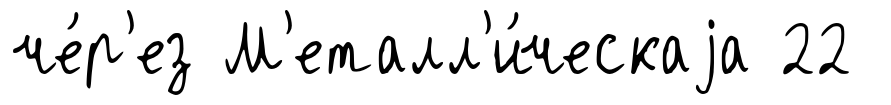
че́р'ез М'еталл'и́ческаjа 22